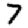
Digit: 7